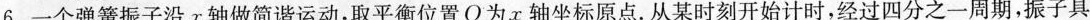
6.一个弹簧振子沿α轴做简谐运动，取平衡位置O为x轴坐标原点。从某时刻开始计时，经过四分之一周期，振子具